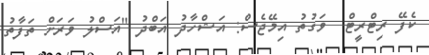
ކެފޭ ރިޓްރީޓް  ވަގުތު އިމޭޖެސް: އަޝްހާދު އަބްދު "އަސްލު ވަރަށް ތަފާތު